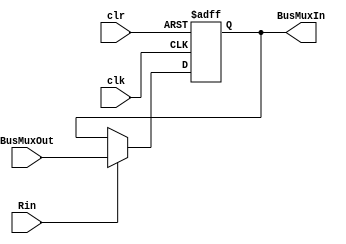
module Register (input clk, clr, input [31:0] BusMuxOut, input Rin, output reg [31:0] BusMuxIn);
    always@(posedge clk or negedge clr)
    begin
            if(clr == 0) BusMuxIn <= 0;
            else if(Rin) BusMuxIn <= BusMuxOut;
    end
endmodule